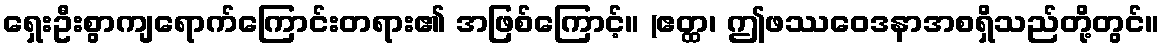
ရှေးဦးစွာကျရောက်ကြောင်းတရား၏ အဖြစ်ကြောင့်။ (ဧတ္ထ၊ ဤဖဿဝေဒနာအစရှိသည်တို့တွင်။